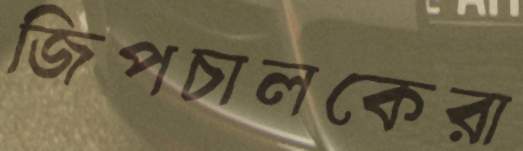
জিপচালকেরা